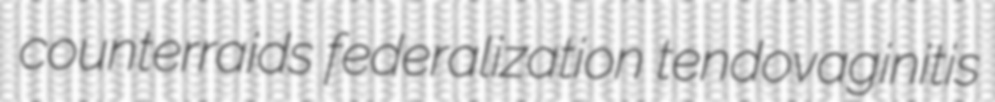
counterraids federalization tendovaginitis